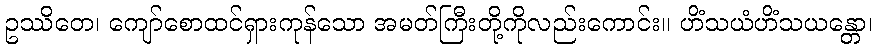
ဥဿိတေ၊ ကျော်စောထင်ရှားကုန်သော အမတ်ကြီးတို့ကိုလည်းကောင်း။ ဟိံသယံဟိံသယန္တော၊